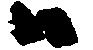
ハ